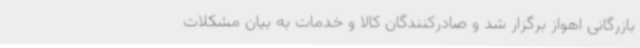
بازرگانی اهواز برگزار شد و صادرکنندگان کالا و خدمات به بیان مشکلات